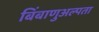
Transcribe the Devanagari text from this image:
बिंबाणुअल्पता